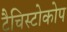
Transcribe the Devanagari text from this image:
टैचिस्टोकोप